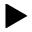
\blacktriangleright